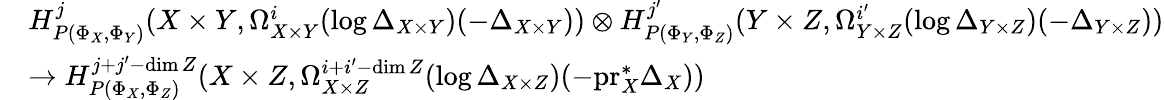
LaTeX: \begin{array}{rl}&{H_{P(\Phi_{X},\Phi_{Y})}^{j}(X\times Y,\Omega_{X\times Y}^{i}(\log\Delta_{X\times Y})(-\Delta_{X\times Y}))\otimes H_{P(\Phi_{Y},\Phi_{Z})}^{j^{\prime}}(Y\times Z,\Omega_{Y\times Z}^{i^{\prime}}(\log\Delta_{Y\times Z})(-\Delta_{Y\times Z}))}\\ &{\to H_{P(\Phi_{X},\Phi_{Z})}^{j+j^{\prime}-\dim Z}(X\times Z,\Omega_{X\times Z}^{i+i^{\prime}-\dim Z}(\log\Delta_{X\times Z})(-\mathrm{pr}_{X}^{*}\Delta_{X}))}\end{array}